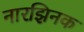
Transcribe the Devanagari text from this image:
नारझिनक